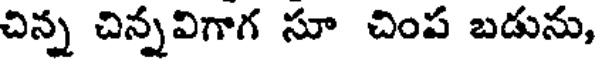
చిన్న చిన్నవిగాగ సూ చింప బడును,